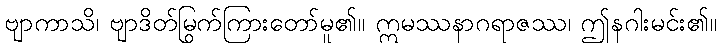
ဗျာကာသိ၊ ဗျာဒိတ်မြွက်ကြားတော်မူ၏။ ဣမဿနာဂရာဇဿ၊ ဤနဂါးမင်း၏။